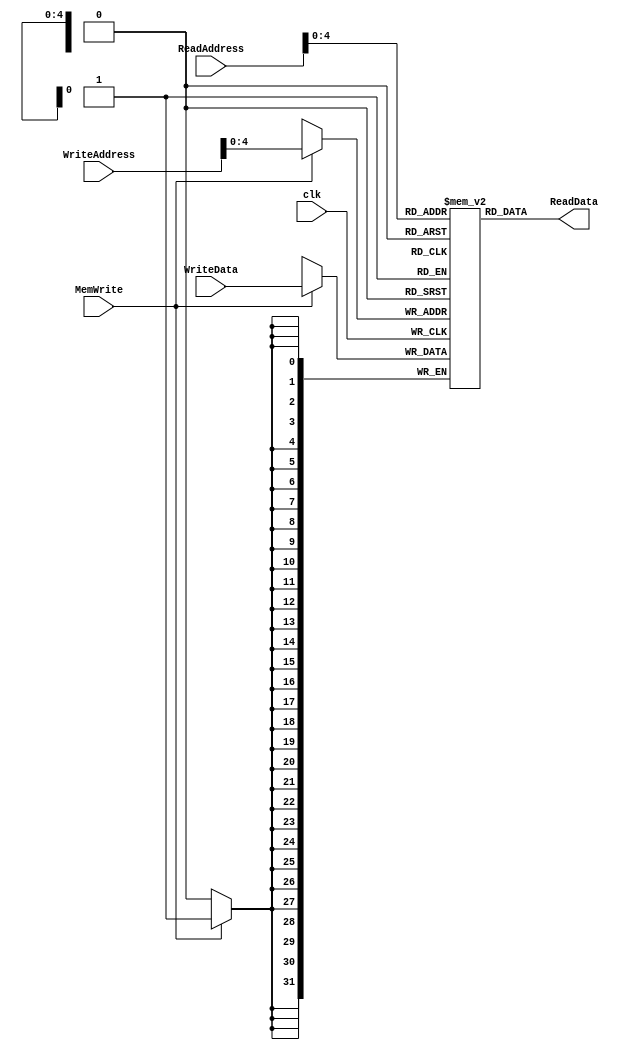
`timescale 1ns / 1ps
//////////////////////////////////////////////////////////////////////////////////
// Company: 
// Engineer: 
// 
// Design Name: 
// Module Name: ram
// Project Name: 
// Target Devices: 
// Tool Versions: 
// Description: 
// 
// Dependencies: 
// 
// Revision:
// Revision 0.01 - File Created
// Additional Comments:
// 
//////////////////////////////////////////////////////////////////////////////////

module dataMemory #(parameter propDelay=2)(
    input clk,
    input [31:0] ReadAddress,
    input [31:0] WriteAddress,
    input [31:0] WriteData,
    output [31:0] ReadData,
    input MemWrite
);


reg [31:0] ramMem [20:0];

assign #propDelay ReadData =  ramMem[ReadAddress];

always @(posedge clk)
begin
    if(MemWrite)
        ramMem[WriteAddress] <= WriteData;
end


endmodule